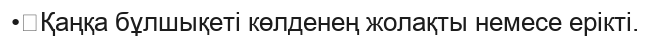
•	Қаңқа бұлшықеті көлденең жолақты немесе ерікті.